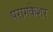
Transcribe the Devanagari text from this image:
परागकेशर